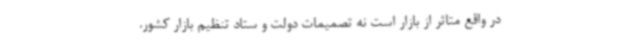
در واقع متاثر از بازار است نه تصمیمات دولت و ستاد تنظیم بازار کشور.